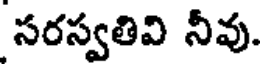
సరస్వతివి నీవు.